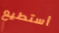
أستطيع